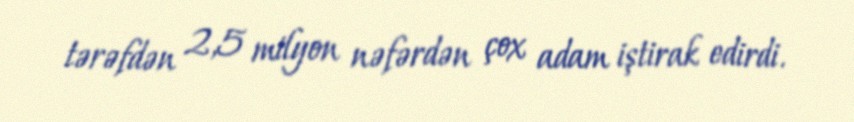
tərəfdən 2,5 milyon nəfərdən çox adam iştirak edirdi.